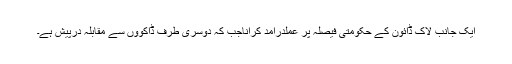
ایک جانب لاک ڈائون کے حکومتی فیصلہ پر عملدرآمد کراناجب کہ دوسری طرف ڈاکوؤں سے مقابلہ درپیش ہے۔